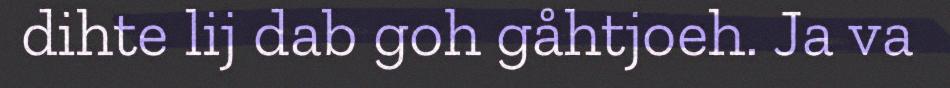
dihte lij dab goh gåhtjoeh. Ja va